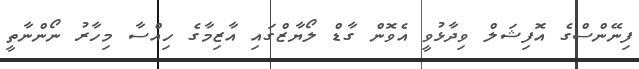
ފިނޭންސްގެ އޮފިޝަލް ވިދާޅުވީ އެވޮން ގާޑް ލޯޔާޒްގައި އާޒިމާގެ ހިއްސާ މިހާރު ނޯންނާތީ